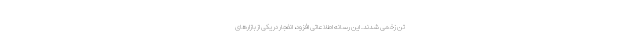
تن زخمی شدند. این رسانه اطلاعاتی افزود، انفجار در یکی از بازارهای